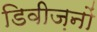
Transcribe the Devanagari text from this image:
डिवीज़नों